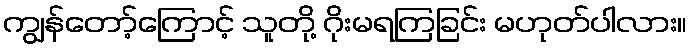
ကျွန်တော့်ကြောင့် သူတို့ ဂိုးမရကြခြင်း မဟုတ်ပါလား။